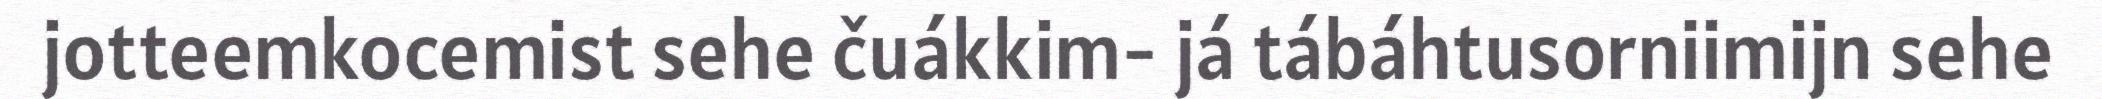
jotteemkocemist sehe čuákkim- já tábáhtusorniimijn sehe